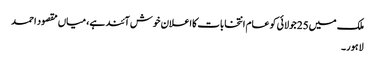
ملک میں25جولائی کو عام انتخابات کااعلان خوش آئند ہے، میاں مقصود احمد
لاہور۔